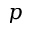
p